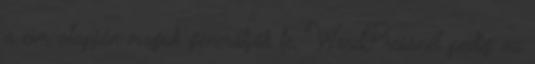
a cím alapján maguk generálják le, WordPressnél pedig az